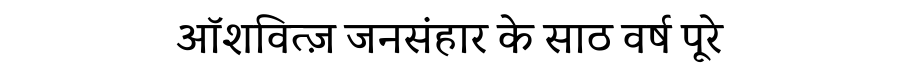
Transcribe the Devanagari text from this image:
ऑशवित्ज़ जनसंहार के साठ वर्ष पूरे